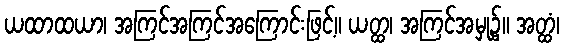
ယထာထယာ၊ အကြင်အကြင်အကြောင်းဖြင့်။ ယတ္ထ၊ အကြင်အမှု၌။ အတ္ထံ၊